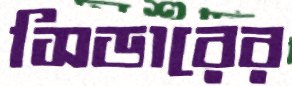
সিডারের